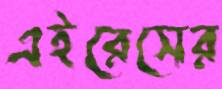
এইরেসের